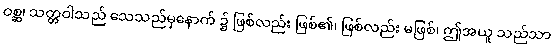
ဝစ္ဆ၊ သတ္တဝါသည် သေသည်မှနောက် ၌ ဖြစ်လည်း ဖြစ်၏၊ ဖြစ်လည်း မဖြစ်၊ ဤအယူ သည်သာ